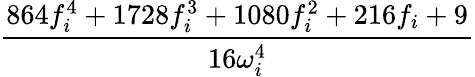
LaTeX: \frac{864f_{i}^{4}+1728f_{i}^{3}+1080f_{i}^{2}+216f_{i}+9}{16\omega_{i}^{4}}